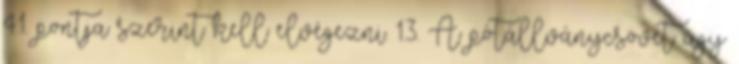
4.1. pontja szerint kell elvégezni. 1.3. A pótállványcsövet úgy